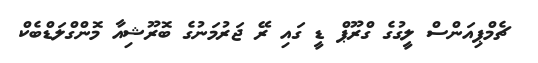
ޗެމްޕިއަންސް ލީގުގެ ގްރޫޕް ޑީ ގައި ރޭ ޖަރުމަނުގެ ބޮރޫޝިއާ މޮންގްލަޑްބެކް